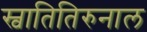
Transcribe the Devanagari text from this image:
स्वातितिरुनाल